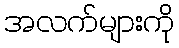
အလက်များကို